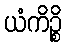
ယံကိဉ္စိ